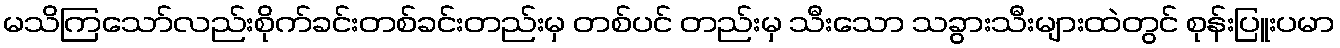
မသိကြသော်လည်းစိုက်ခင်းတစ်ခင်းတည်းမှ တစ်ပင် တည်းမှ သီးသော သခွားသီးများထဲတွင် စုန်းပြူးပမာ